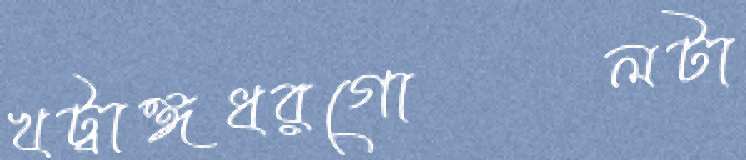
খট্বাঙ্গধরগোলটা